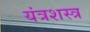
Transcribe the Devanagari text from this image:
यंत्रशस्त्र